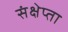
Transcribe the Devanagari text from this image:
संक्षेप्ता